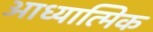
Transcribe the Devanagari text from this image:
आध्‍यात्मिक